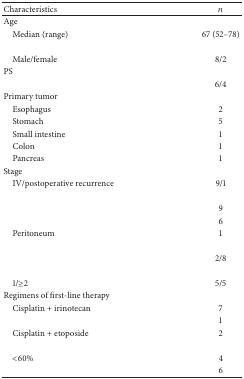
<table><thead><tr><td><b>Characteristics</b></td><td><b><i>n</i></b></td></tr></thead><tbody><tr><td>Age</td><td>[EMPTY_CELL]</td></tr><tr><td> Median (range)</td><td>67 (52–78)</td></tr><tr><td>[EMPTY_CELL]</td><td>[EMPTY_CELL]</td></tr><tr><td> Male/female</td><td>8/2</td></tr><tr><td>PS</td><td>[EMPTY_CELL]</td></tr><tr><td>[EMPTY_CELL]</td><td>6/4</td></tr><tr><td>Primary tumor</td><td>[EMPTY_CELL]</td></tr><tr><td> Esophagus</td><td>2</td></tr><tr><td> Stomach</td><td>5</td></tr><tr><td> Small intestine</td><td>1</td></tr><tr><td> Colon</td><td>1</td></tr><tr><td> Pancreas</td><td>1</td></tr><tr><td>Stage</td><td>[EMPTY_CELL]</td></tr><tr><td> IV/postoperative recurrence</td><td>9/1</td></tr><tr><td>[EMPTY_CELL]</td><td>[EMPTY_CELL]</td></tr><tr><td>[EMPTY_CELL]</td><td>9</td></tr><tr><td>[EMPTY_CELL]</td><td>6</td></tr><tr><td> Peritoneum</td><td>1</td></tr><tr><td>[EMPTY_CELL]</td><td>[EMPTY_CELL]</td></tr><tr><td>[EMPTY_CELL]</td><td>2/8</td></tr><tr><td>[EMPTY_CELL]</td><td>[EMPTY_CELL]</td></tr><tr><td> 1/≥2</td><td>5/5</td></tr><tr><td>Regimens of first-line therapy</td><td>[EMPTY_CELL]</td></tr><tr><td> Cisplatin + irinotecan</td><td>7</td></tr><tr><td>[EMPTY_CELL]</td><td>1</td></tr><tr><td> Cisplatin + etoposide</td><td>2</td></tr><tr><td>[EMPTY_CELL]</td><td>[EMPTY_CELL]</td></tr><tr><td> &lt;60%</td><td>4</td></tr><tr><td>[EMPTY_CELL]</td><td>6</td></tr></tbody></table>